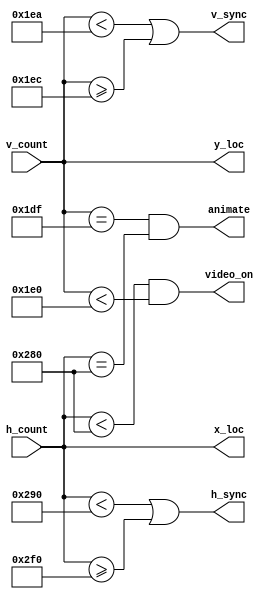
`timescale 1ns / 1ps
//////////////////////////////////////////////////////////////////////////////////
// Company: 
// Engineer: 
// 
// Design Name: 
// Module Name: vga_sync
// Project Name: 
// Target Devices: 
// Tool Versions: 
// Description: 
// 
// Dependencies: 
// 
// Revision:
// Revision 0.01 - File Created
// Additional Comments:
// 
//////////////////////////////////////////////////////////////////////////////////


module vga_sync(
input[9:0] h_count,
input[9:0] v_count,
output[9:0] x_loc,
output [9:0]  y_loc,
output h_sync,v_sync,video_on,animate
    );
    //horizontal
    localparam HD = 640;
    localparam HF = 16;
    localparam HB = 48;
    localparam HR = 96;
    
    //vertical
    localparam VD = 480;
    localparam VF = 10;
    localparam VB = 33;
    localparam VR = 2;
    localparam line = 640;
    
    
    assign v_sync = (v_count < (VD+VF)) | (v_count >= (VD+VF+VR)); 
    assign h_sync = (h_count < (HD+HF)) | (h_count >= (HD+HF+HR));
    assign video_on = (h_count < HD) & (v_count<VD);
    
    assign x_loc = h_count;
    assign y_loc = v_count;
    assign animate = ((v_count == VD-1) & (h_count == line));
     
endmodule